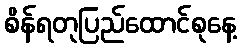
စိန်ရတုပြည်ထောင်စုနေ့